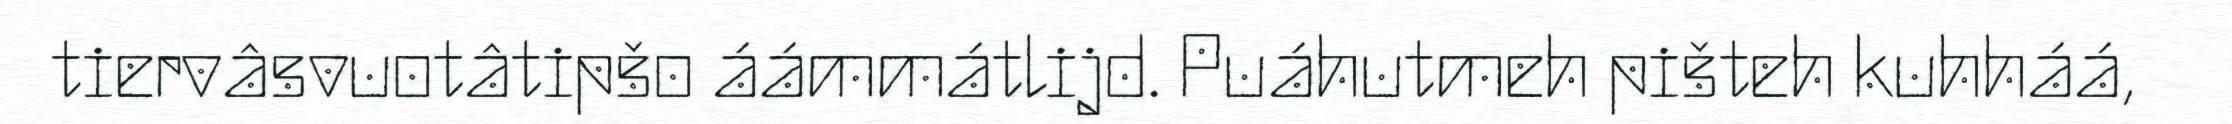
tiervâsvuotâtipšo áámmátlijd. Puáhutmeh pišteh kuhháá,